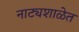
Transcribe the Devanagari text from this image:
नाट्यशाळेत